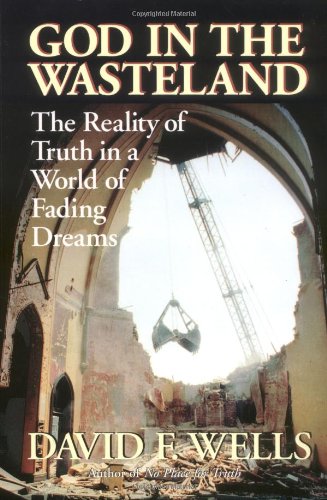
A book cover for God in the Wasteland: The Reality of Truth in a World of Fading Dreams; David F. Wells; Christian Books & Bibles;